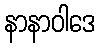
နာနာဝါဒေ